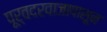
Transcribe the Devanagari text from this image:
पूर्वदरवाजापासून